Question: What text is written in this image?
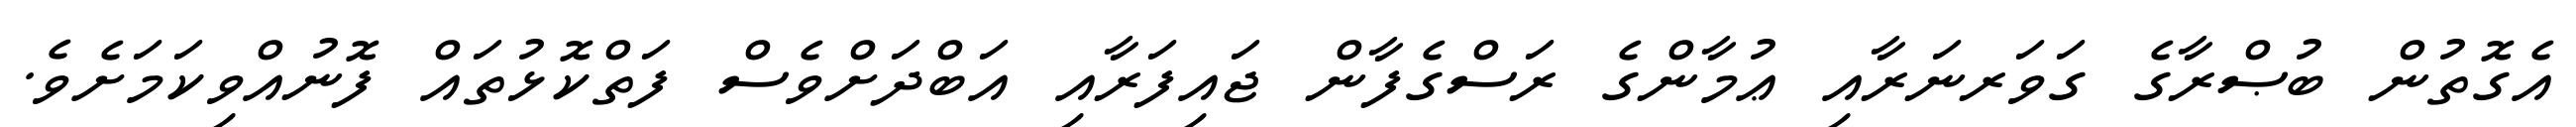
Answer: އެގޮތުން ބުޞްރާގެ ގަވަރނަރާއި ޢުމާންގެ ރަސްގެފާން ޖައިފަރާއި އަބްދަށްވެސް ފަތްކޮޅުތައް ފޮނުއްވިކަމަށެވެ.